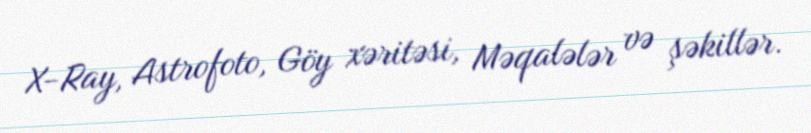
X-Ray, Astrofoto, Göy xəritəsi, Məqalələr və şəkillər.